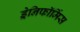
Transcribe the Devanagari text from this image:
ड्रेनिफॉर्मिस